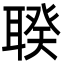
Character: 聧